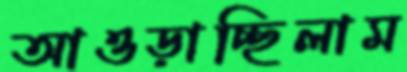
আওড়াচ্ছিলাম